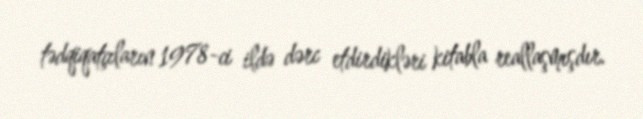
tədqiqatçıların 1978-ci ildə dərc etdirdikləri kitabla reallaşmışdır.